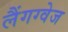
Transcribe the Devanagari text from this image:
लैंगग्वेज